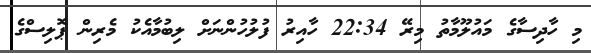
މި ހާދިސާގެ މައުލޫމާތު މިރޭ 22:34 ހާއިރު ފުލުހުންނަށް ލިބުމާއެކު މެރިން ޕޮލިސްގެ